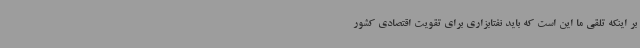
بر اینکه تلقی ما این است که باید نفتابزاری برای تقویت اقتصادی کشور